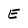
Character: E